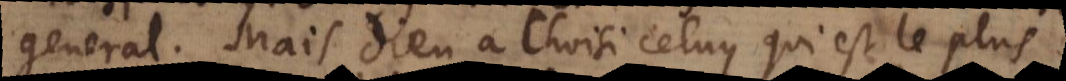
general. Mais Dieu a choisi celuy qui est le plus